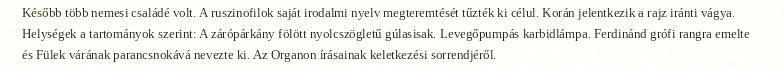
Később több nemesi családé volt. A ruszinofilok saját irodalmi nyelv megteremtését tűzték ki célul. Korán jelentkezik a rajz iránti vágya. Helységek a tartományok szerint: A zárópárkány fölött nyolcszögletű gúlasisak. Levegőpumpás karbidlámpa. Ferdinánd grófi rangra emelte és Fülek várának parancsnokává nevezte ki. Az Organon írásainak keletkezési sorrendjéről.